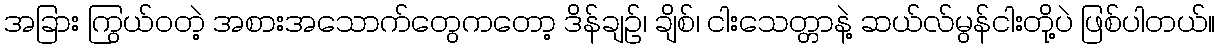
အခြား ကြွယ်ဝတဲ့ အစားအသောက်တွေကတော့ ဒိန်ချဉ်၊ ချိစ်၊ ငါးသေတ္တာနဲ့ ဆယ်လ်မွန်ငါးတို့ပဲ ဖြစ်ပါတယ်။